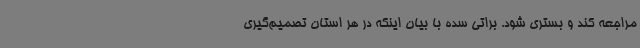
مراجعه کند و بستری شود. براتی سده با بیان اینکه در هر استان تصمیم‌گیری